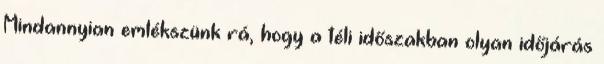
Mindannyian emlékszünk rá, hogy a téli időszakban olyan időjárás